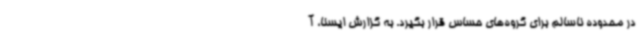
در محدوده ناسالم برای گروه‌های حساس قرار بگیرد. به گزارش ایسنا، آ